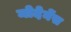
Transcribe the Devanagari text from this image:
मोदेर्नेस